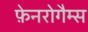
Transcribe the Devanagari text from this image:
फ़ेनरोगैम्स